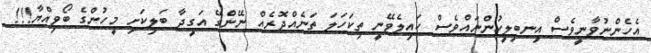
އެހެންނުވާނީވެސް އިނބިލީހުންނައްވެސް ކައިލެވޭނީ ތިކަހަލަ ތަނެއްދޮރެއް ނޭންގޭ އަގީދާ ބަލިކަށި މީހުންގެ ބޯވިއްޔާ!!!